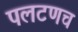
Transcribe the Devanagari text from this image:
पलटणच